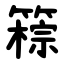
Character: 䉘